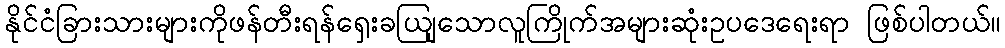
နိုင်ငံခြားသားများကိုဖန်တီးရန်ရှေးခယျြသောလူကြိုက်အများဆုံးဥပဒေရေးရာ ဖြစ်ပါတယ်။